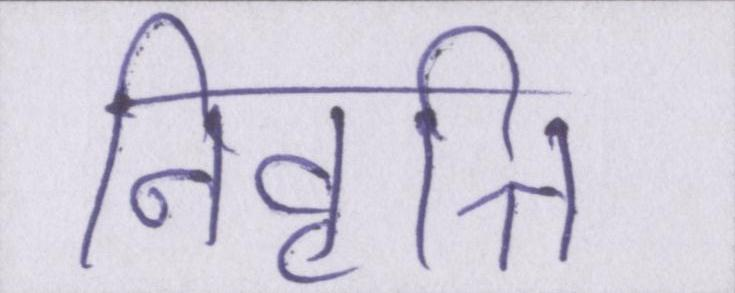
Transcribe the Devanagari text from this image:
निवृत्ति